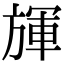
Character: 𣄈